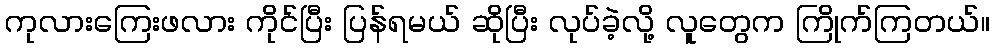
ကုလားကြေးဖလား ကိုင်ပြီး ပြန်ရမယ် ဆိုပြီး လုပ်ခဲ့လို့ လူတွေက ကြိုက်ကြတယ်။